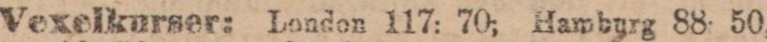
Vexelkurser: London 117: 70, Hamburg 88. 50,